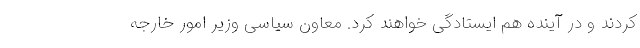
کردند و در آینده هم ایستادگی خواهند کرد. معاون سیاسی وزیر امور خارجه